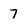
Character: 7